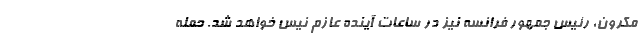
مکرون، رئیس جمهور فرانسه نیز در ساعات آینده عازم نیس خواهد شد. حمله